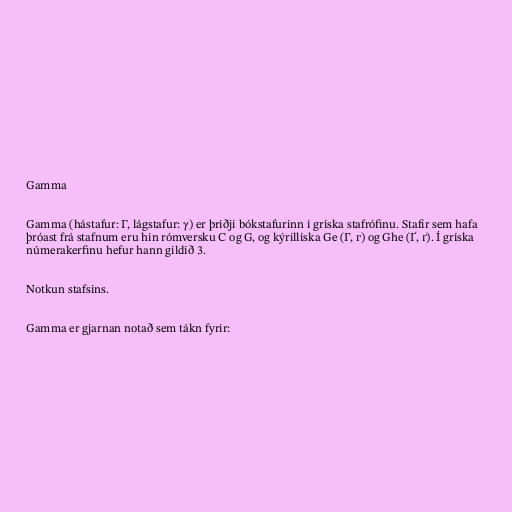
Gamma

Gamma (hástafur: Γ, lágstafur: γ) er þriðji bókstafurinn í gríska stafrófinu. Stafir sem hafa
þróast frá stafnum eru hin rómversku C og G, og kýrillíska Ge (Г, г) og Ghe (Ґ, ґ). Í gríska
númerakerfinu hefur hann gildið 3.

Notkun stafsins.

Gamma er gjarnan notað sem tákn fyrir: